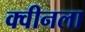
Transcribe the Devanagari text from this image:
क्वीनला